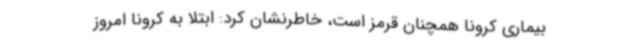
بیماری کرونا همچنان قرمز است، خاطرنشان کرد: ابتلا به کرونا امروز